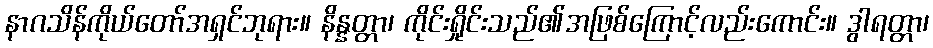
နာဂသိန်ကိုယ်တော်အရှင်ဘုရား။ နိန္နတ္တာ၊ ကိုင်းရှိုင်းသည်၏အဖြစ်ကြောင့်လည်းကောင်း။ ဒွါရတ္တာ၊